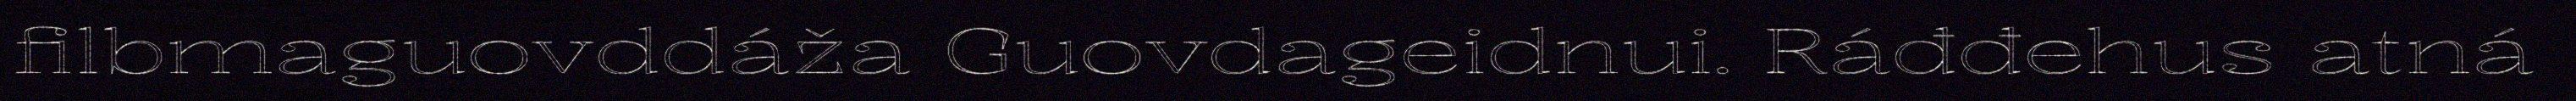
filbmaguovddáža Guovdageidnui. Ráđđehus atná